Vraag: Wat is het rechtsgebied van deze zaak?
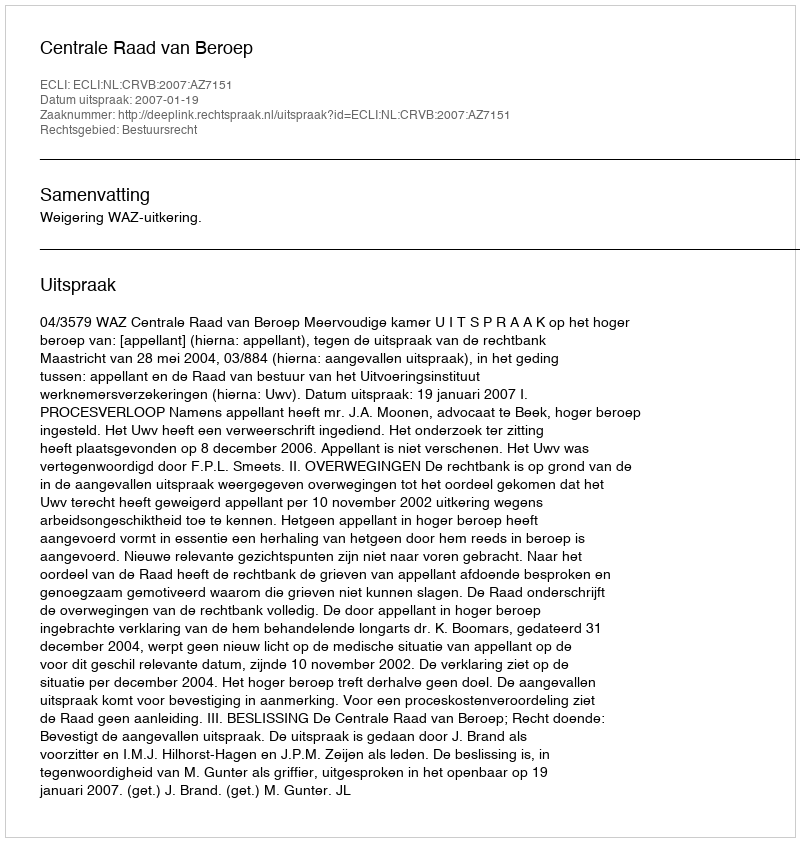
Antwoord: Bestuursrecht